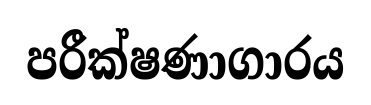
පරීක්ෂණාගාරය